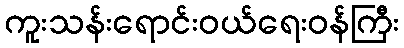
ကူးသန်းရောင်းဝယ်ရေးဝန်ကြီး